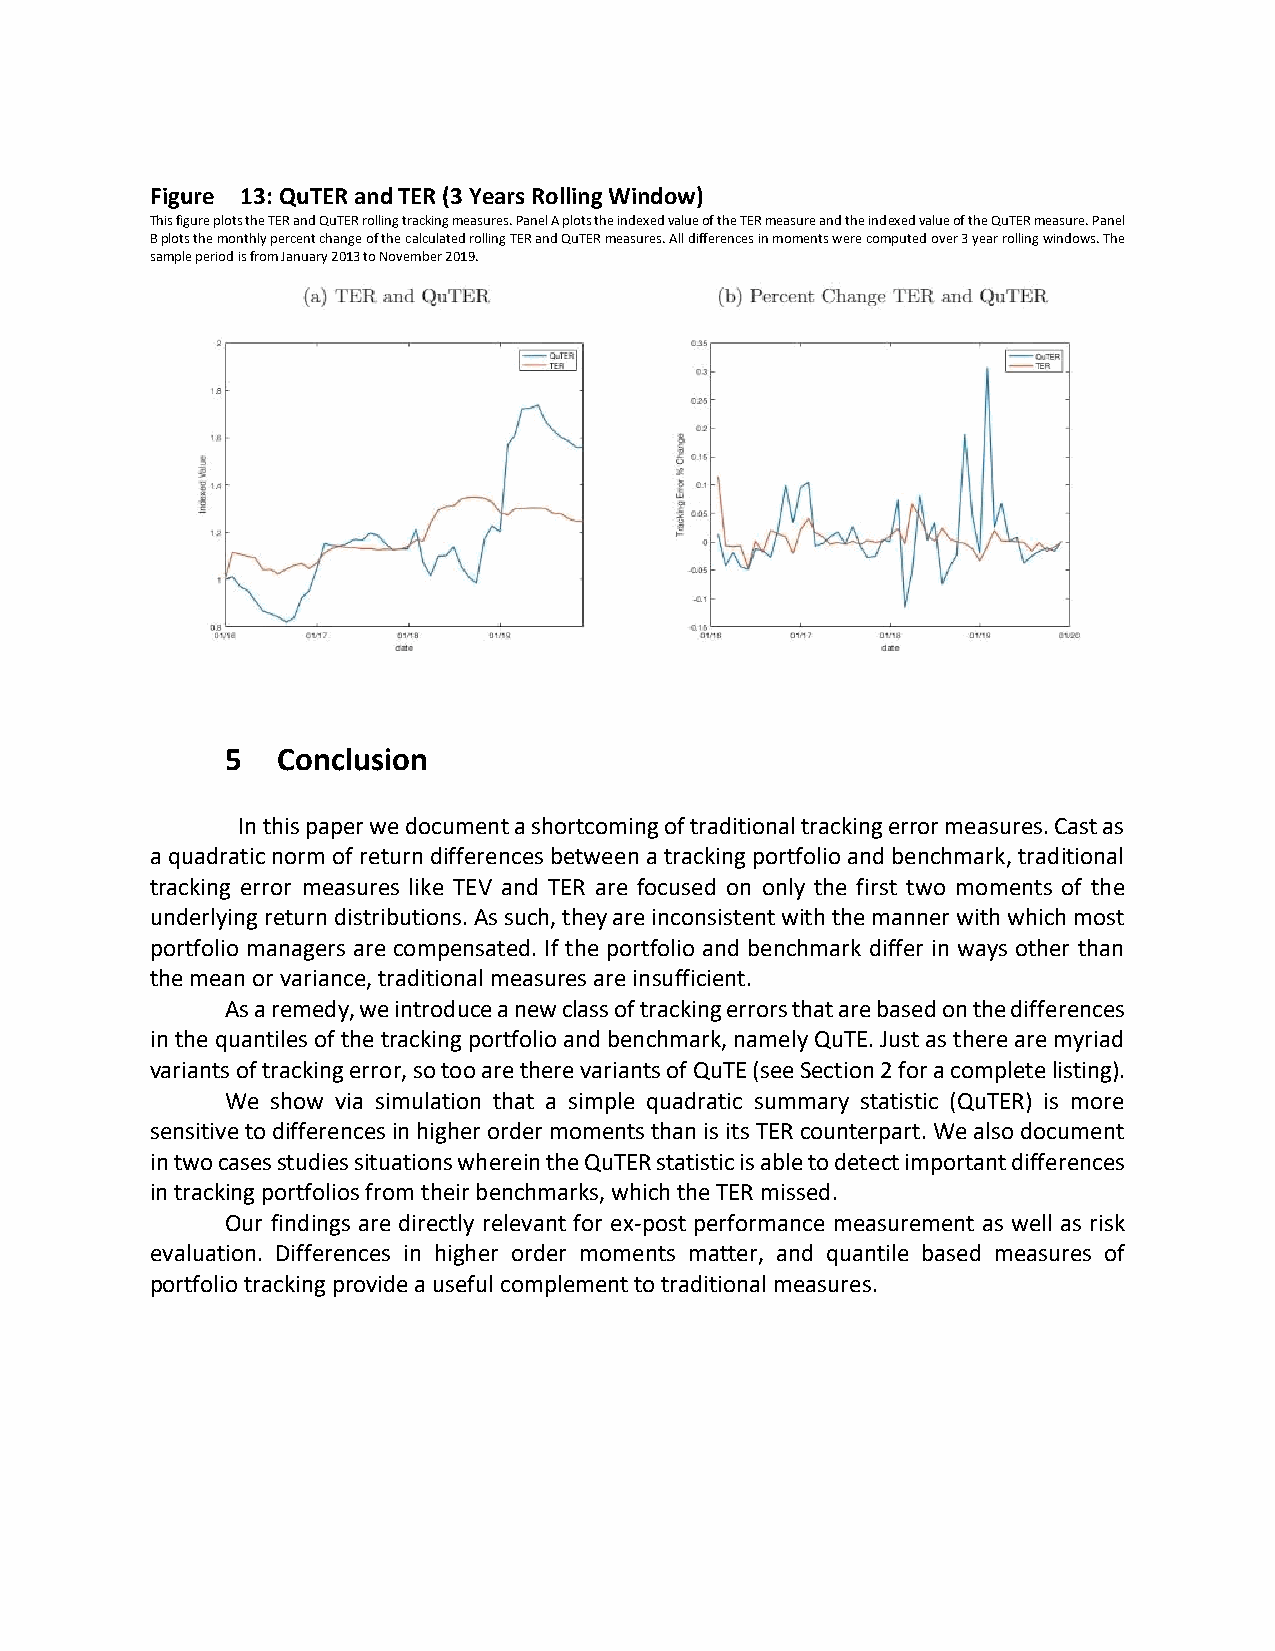
Figure 13: QuTER and TER (3 Years Rolling Window)
 This figure plots the TER and QuTER rolling tracking measures. Panel A plots the indexed value of the TER measure and the indexed value of the QuTER measure. Panel
 B plots the monthly percent change of the calculated rolling TER and QuTER measures. All differences in moments were computed over 3 year rolling windows. The
 sample period is from January 2013 to November 2019.
 5  Conclusion
 In this paper we document a shortcoming of traditional tracking error measures. Cast as
 a quadratic norm of return differences between a tracking portfolio and benchmark, traditional
 tracking error measures like TEV and TER are focused on only the first two moments of the
 underlying return distributions. As such, they are inconsistent with the manner with which most
 portfolio managers are compensated. If the portfolio and benchmark differ in ways other than
 the mean or variance, traditional measures are insufficient.
 As a remedy, we introduce a new class of tracking errors that are based on the differences
 in the quantiles of the tracking portfolio and benchmark, namely QuTE. Just as there are myriad
 variants of tracking error, so too are there variants of QuTE (see Section 2 for a complete listing).
 We show via simulation that a simple quadratic summary statistic (QuTER) is more
 sensitive to differences in higher order moments than is its TER counterpart. We also document
 in two cases studies situations wherein the QuTER statistic is able to detect important differences
 in tracking portfolios from their benchmarks, which the TER missed.
 Our findings are directly relevant for ex-post performance measurement as well as risk
 evaluation. Differences in higher order moments matter, and quantile based measures of
 portfolio tracking provide a useful complement to traditional measures.